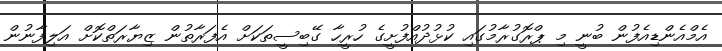
އެމްއެންޑިއެފުން ބުނީ މި ޕްރޮގުރާމުގައި ކުޅުދުއްފުށީގެ ހުރީހާ ގޭބިސީތަކަށް އެފަރާތުން ޒިޔާރަތްކޮށް އަލިފާނުން